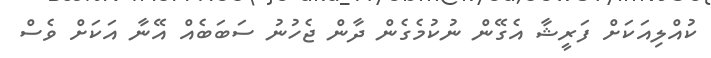
ކުއްލިއަކަށް ފަރީޝާ އެގޭން ނުކުމެގެން ދާން ޖެހުނު ސަބަބެއް އޭނާ އަކަށް ވެސް